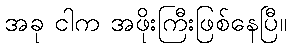
အခု ငါက အဖိုးကြီးဖြစ်နေပြီ။